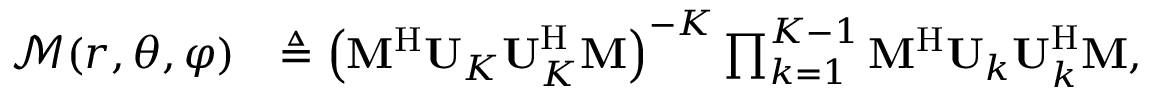
\begin{array} { r l } { \mathcal { M } ( r , \theta , \varphi ) } & { \triangleq \left( \mathbf { M } ^ { \mathrm { H } } \mathbf { U } _ { K } \mathbf { U } _ { K } ^ { \mathrm { H } } \mathbf { M } \right) ^ { - K } \prod _ { k = 1 } ^ { K - 1 } \mathbf { M } ^ { \mathrm { H } } \mathbf { U } _ { k } \mathbf { U } _ { k } ^ { \mathrm { H } } \mathbf { M } , } \end{array}